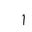
Letter: _alif